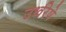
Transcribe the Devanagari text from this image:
उर्ध्वरेषे